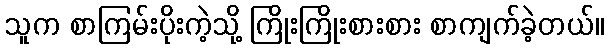
သူက စာကြမ်းပိုးကဲ့သို့ ကြိုးကြိုးစားစား စာကျက်ခဲ့တယ်။